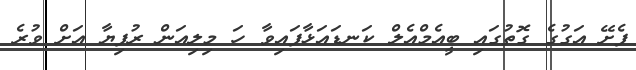
ފެށޭ އަގުގެ ގޮތުގައި ބީއެމްއެލް ކަނޑައަޅާފައިވާ ހަ މިލިއަން ރުފިޔާ އަށް ވުރެ